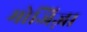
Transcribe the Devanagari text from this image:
मोजिज़ा